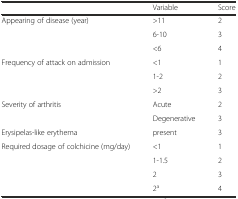
<table><thead><tr><td></td><td><b>Variable</b></td><td><b>Score</b></td></tr></thead><tbody><tr><td rowspan="3">Appearing of disease (year)</td><td>&gt;11</td><td>2</td></tr><tr><td>6-10</td><td>3</td></tr><tr><td>&lt;6</td><td>4</td></tr><tr><td rowspan="3">Frequency of attack on admission</td><td>&lt;1</td><td>1</td></tr><tr><td>1-2</td><td>2</td></tr><tr><td>&gt;2</td><td>3</td></tr><tr><td rowspan="2">Severity of arthritis</td><td>Acute</td><td>2</td></tr><tr><td>Degenerative</td><td>3</td></tr><tr><td>Erysipelas-like erythema</td><td>present</td><td>3</td></tr><tr><td rowspan="4">Required dosage of colchicine (mg/day)</td><td>&lt;1</td><td>1</td></tr><tr><td>1-1.5</td><td>2</td></tr><tr><td>2</td><td>3</td></tr><tr><td>2<sup>a</sup></td><td>4</td></tr></tbody></table>